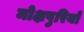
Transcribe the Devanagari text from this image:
मोक्षपुरियों